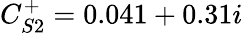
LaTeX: C_{S2}^{+}=0.041+0.31i